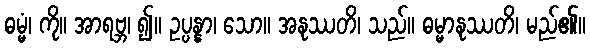
ဓမ္မံ၊ ကို။ အာရဗ္ဘ၊ ၍။ ဥပ္ပန္နာ၊ သော။ အနုဿတိ၊ သည်။ ဓမ္မာနုဿတိ၊ မည်၏။